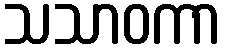
သသာဝကာ